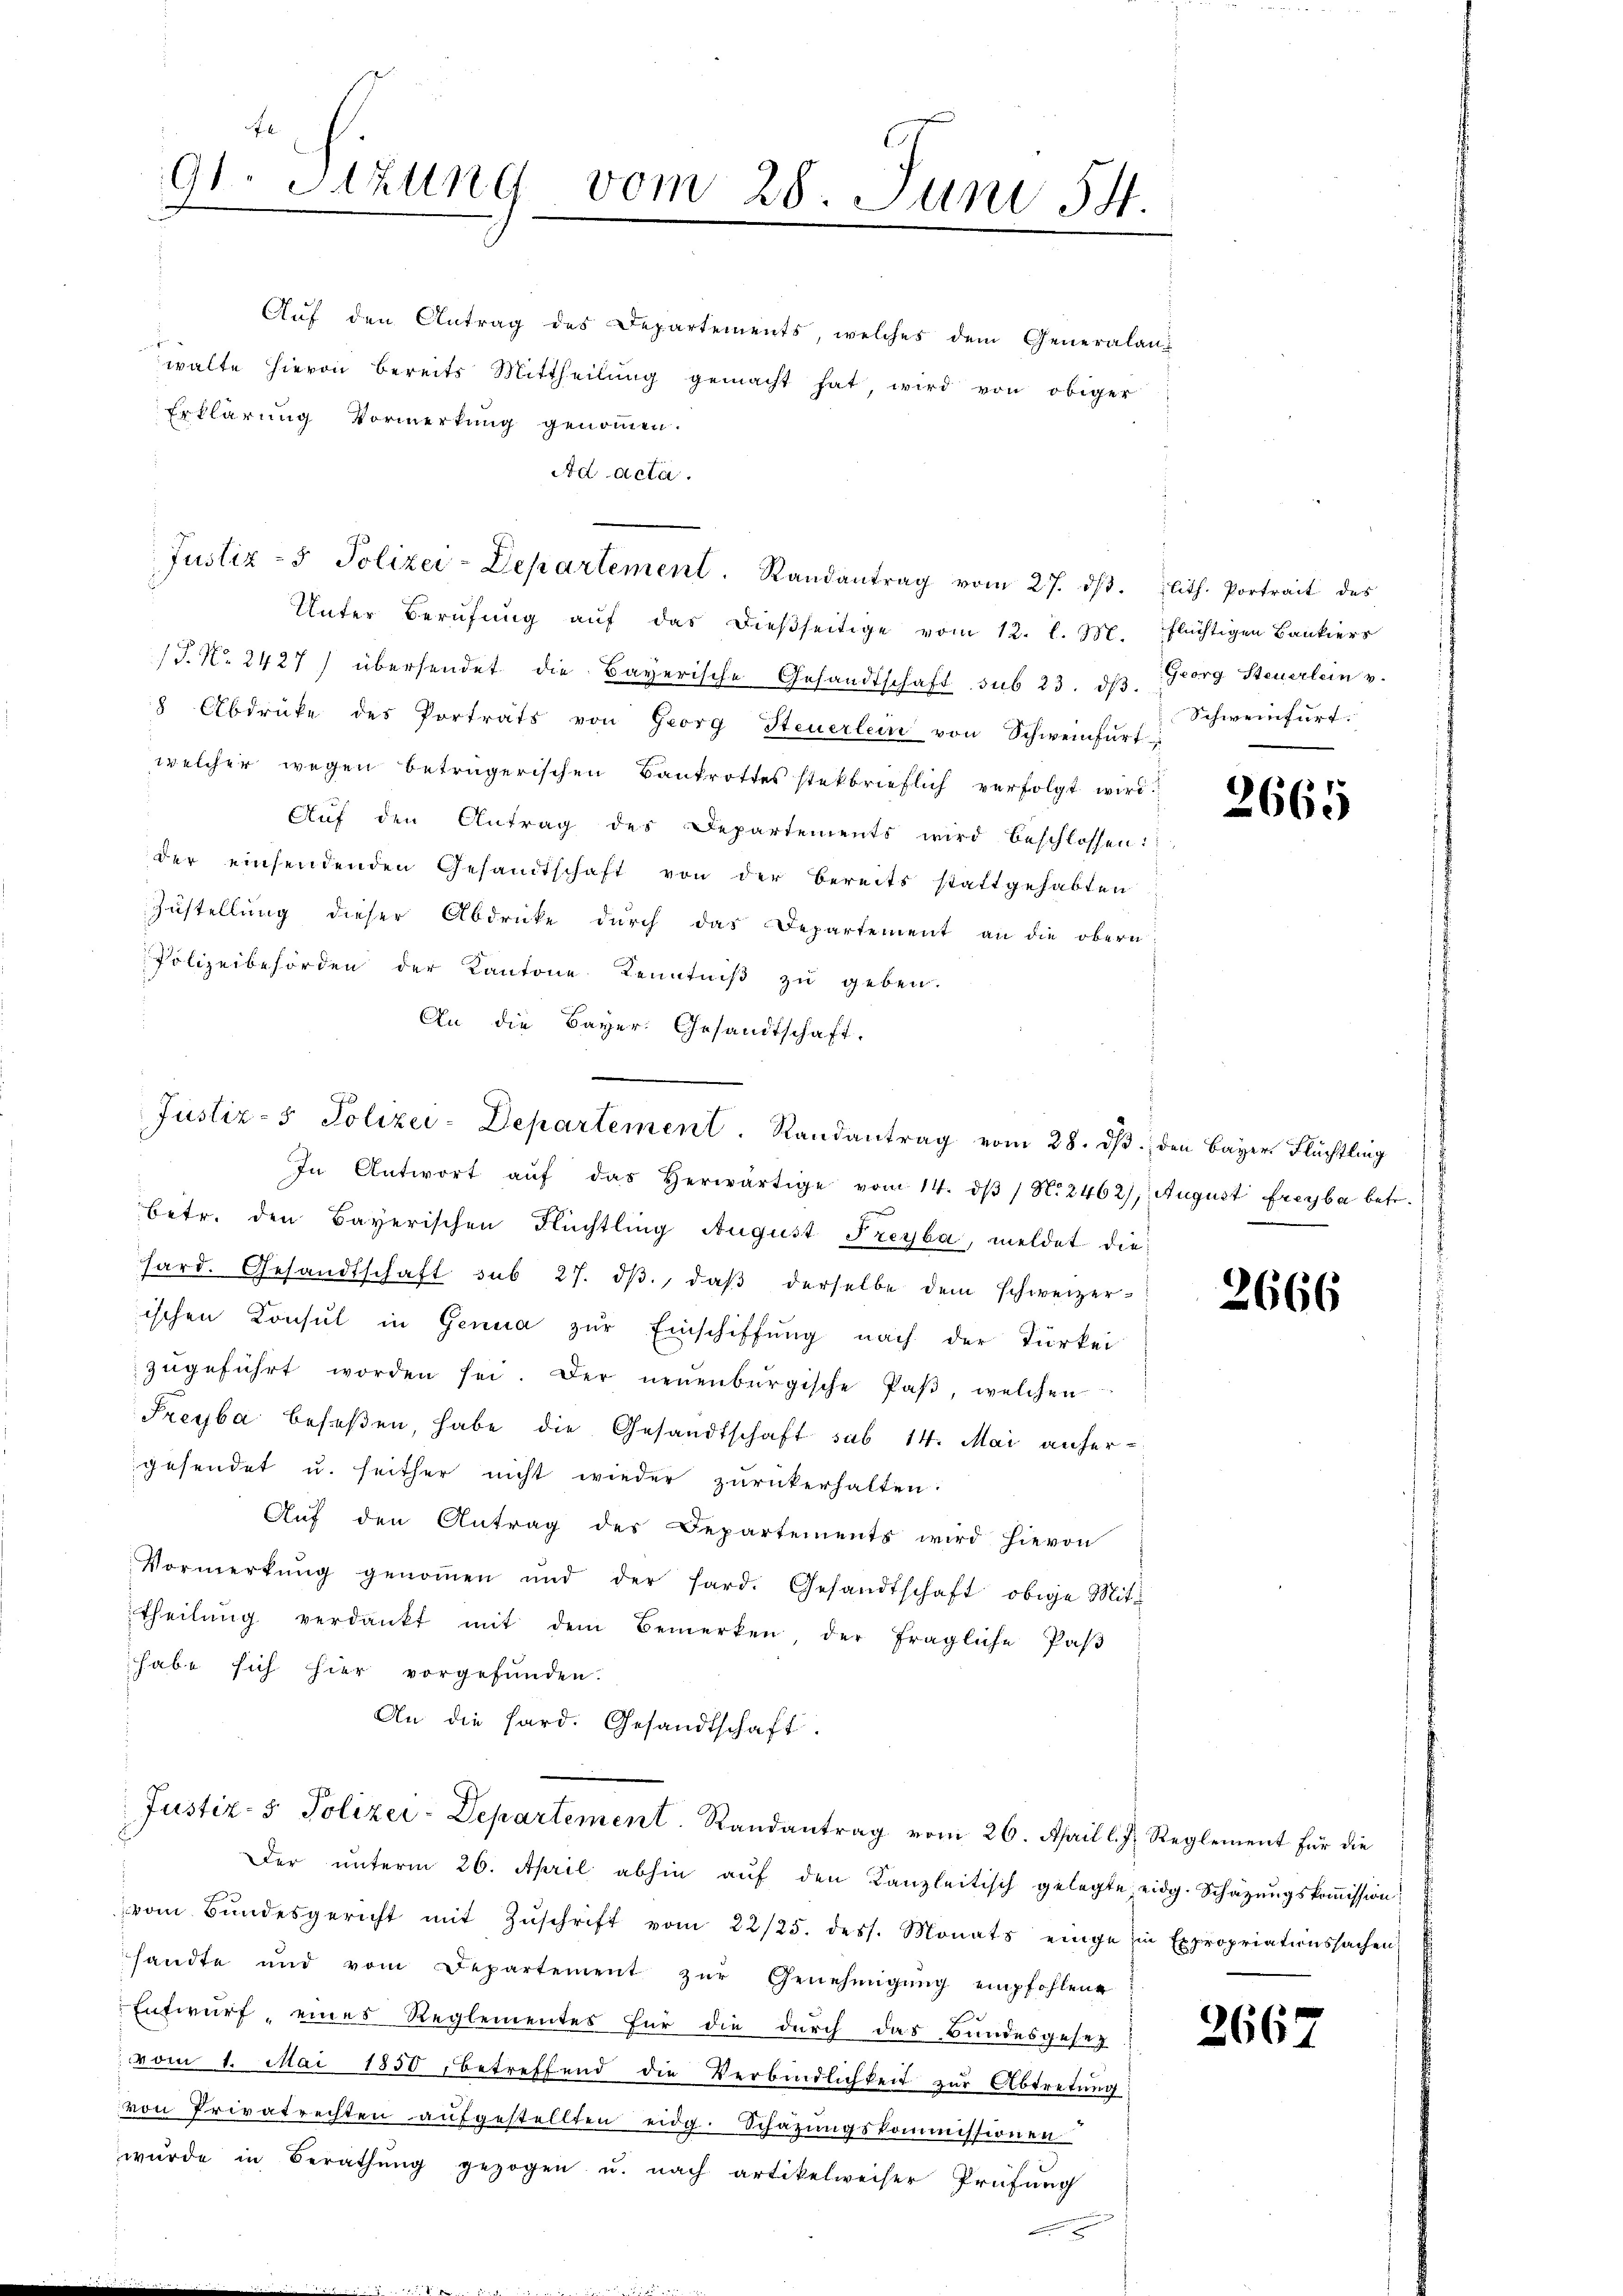
F
91. Sitzung vom 28. Juni 54.
d

Aŭf den Antrag des Departements, welches dem Generalanwalte hievon bereits Mittheilung gemacht hat, wird von obiger
Erklärung Vormerkung genommen.
Ad Acta.
Unter Berufung auf das dießseitige vom 12. l. M. flüchtigen Bankiers
/J. N. 2427) übersendet die Bayerische Gesandtschaft sub 23. dβ. Georg Steuerlein v.
8 Abdrücke des Portrats von Georg Steuerlein von Schweinfŭrt-
welcher wegen beträgerischen Bankrottes stekbrieflich verfolgt wird.
Aŭf den Antrag des Departements wird beschlossen:
der einsendenden Gesandtschaft von der bereits stattgehabten
Zŭstellung dieser Abdrücke dŭrch das Departement an die obern,
Polizeibehörden der Kantone Kenntniß zu geben.
An die Bayer. Gesandtschaft.
In Antwort aŭf das herwärtige vom 14. dβ / N. 2462), August Freyba betr.
betr. den Bayerischen Flüchtling August Freyba, meldet die
hard. Gesandtschaft sub 27. dβ, daß derselbe dem schweizer-
ischen Konsul in Genua zur Einschiffung nach der Türkei
zŭgeführt worden sei. Der neuenburgische Paβ, welchen
Freyba besaßen, habe die Gesandtschaft sub 14. Mai anhergesendet u. seither nicht wieder zurückerhalten.
Auf den Antrag des Departements wird hievon
Vormerkŭng genoṁen und der hard. Gesandtschaft obige Mit-
theilŭng verdankt mit dem Bemerken, der fragliche Paβ
habe sich hier vorgefunden.
An die Hard. Gesandtschaft.
Justiz- & Polizei-Departement. Randantrag vom 26. April l. J. Reglement für die
Der unterm 26. April abhin auf den Kanzleitisch gelegte eidg. Schätzungskoṁission
vom Bŭndesgericht mit Zŭschrift vom 22/25. dess. Monats einge in Expropriationssachen
sandte und vom Departement zŭr Genehmigŭng empfohlene
Entwurf, eines Reglementes für die durch das Bundesgesez
vom 1. Mai 1850, betreffend die Verbindlichkeit zur Abtretung
von Privatrechten aŭfgestellten eidg. Schazungskommissionen
wŭrde in Berathŭng gezogen u. nach artikelweiser Prüfŭng

Justiz- & Polizei-Departement. Randantrag vom 27. dβ. lit. Portrait des

Justiz- & Polizei-Departement. Randantrag vom 28. dβ. den Bayer Flüchtling

Schweinfurt.

2665

2666

2662